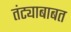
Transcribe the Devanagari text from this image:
तंट्याबाबत